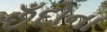
છઁદોના